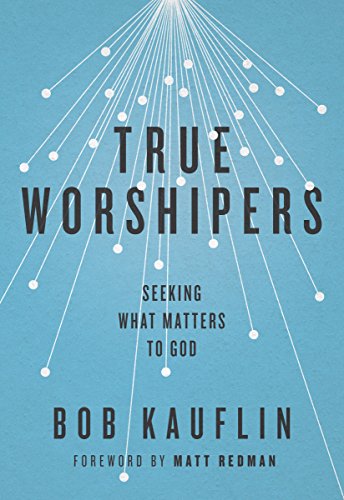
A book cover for True Worshipers: Seeking What Matters to God; Bob Kauflin; Christian Books & Bibles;